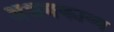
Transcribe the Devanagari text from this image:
अधमकाव्य